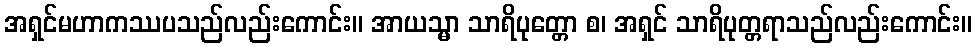
အရှင်မဟာကဿပသည်လည်းကောင်း။ အာယသ္မာ သာရိပုတ္တော စ၊ အရှင် သာရိပုတ္တရာသည်လည်းကောင်း။